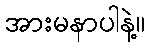
အားမနာပါနဲ့။